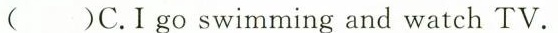
( )C.I go swimming and watch TV.